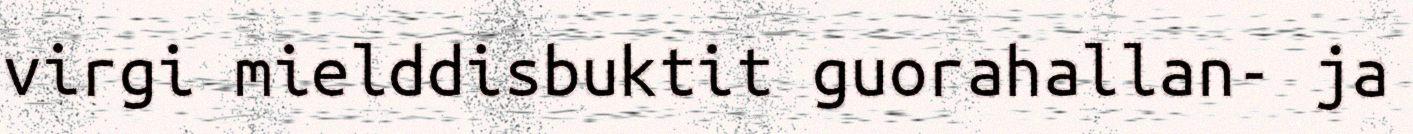
virgi mielddisbuktit guorahallan- ja